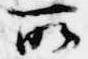
所